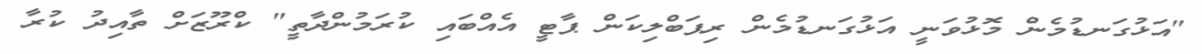
"އަޅުގަނޑުމެން މޮޅުވަނީ އަޅުގަނޑުމެން ރިޕަބްލިކަން ޕާޓީ އެއްބައި ކުރަމުންދާތީ" ކްރޫޒަށް ތާއިދު ކުރާ